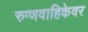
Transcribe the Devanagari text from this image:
रुग्णवाहिकेवर